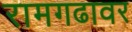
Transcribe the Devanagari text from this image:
रामगढावर